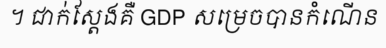
។ ជាក់ស្តែងគឺ GDP សម្រេចបានកំណើន